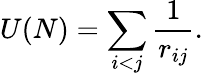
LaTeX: U(N)=\sum_{i<j}{\frac{1}{r_{ij}}}.